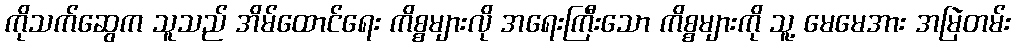
ကိုသက်ဆွေက သူသည် အိမ်ထောင်ရေး ကိစ္စများလို အရေးကြီးသော ကိစ္စများကို သူ့ မေမေအား အမြဲတမ်း